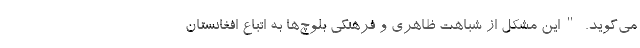
می‌گوید. "این مشکل از شباهت ظاهری و فرهنگی بلوچ‌ها به اتباع افغانستان